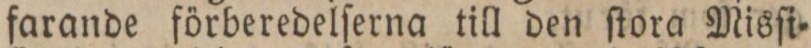
farande förberedelſerna till den ſtora Misſi=